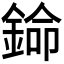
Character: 𬫦